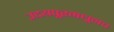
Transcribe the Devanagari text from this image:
उदयपूरमधूनच